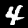
Digit: 4